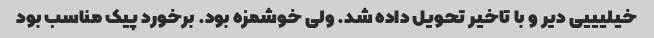
خیلیییی دیر و با تاخیر تحویل داده شد. ولی خوشمزه بود. برخورد پیک مناسب بود